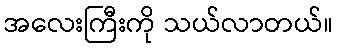
အလေးကြီးကို သယ်လာတယ်။